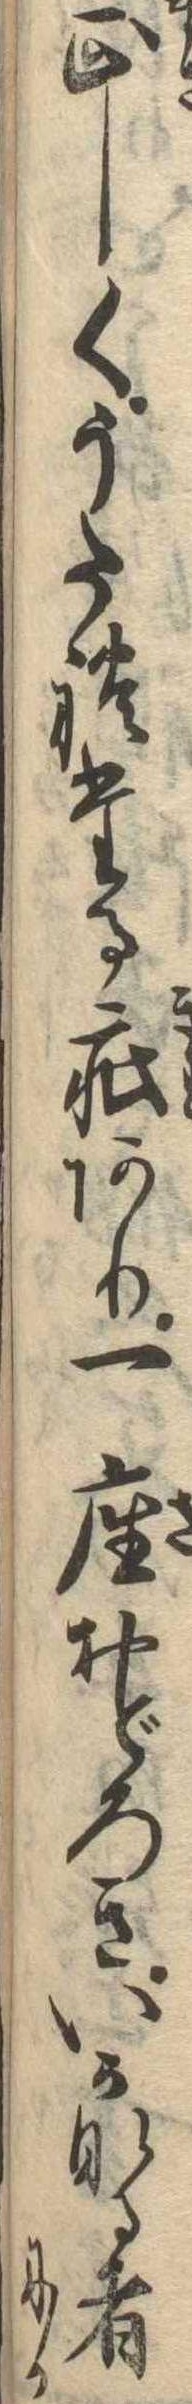
正しくうたれたる疵あり一座おどろきいかなる者にか